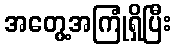
အတွေ့အကြုံရှိပြီး